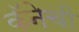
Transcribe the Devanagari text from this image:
कॅनेची